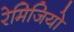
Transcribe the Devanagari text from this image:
रेमिजियो